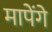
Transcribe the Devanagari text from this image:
मापेंगे